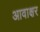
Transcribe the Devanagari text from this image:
आवाक्षर